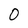
Character: 0